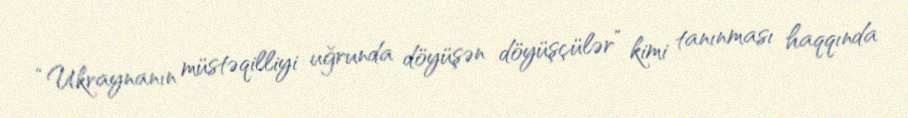
“Ukraynanın müstəqilliyi uğrunda döyüşən döyüşçülər” kimi tanınması haqqında